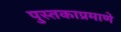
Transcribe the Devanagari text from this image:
पुस्तकाप्रमाणे